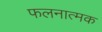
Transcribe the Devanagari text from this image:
फलनात्मक